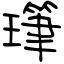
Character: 㻶